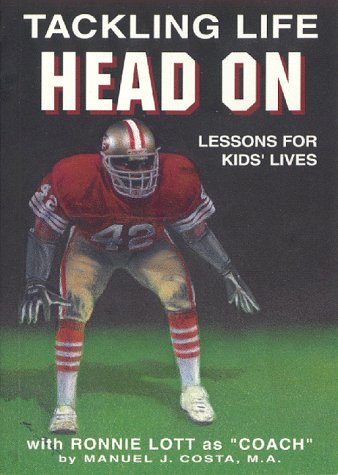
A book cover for Tackling Life Head on: Lessons for Kids' Lives With Ronnie Lott As "Coach; Manuel J. Costa; Teen & Young Adult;